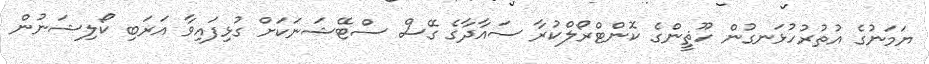
ޔަމަނުގެ އުތުރުހުޅަނގުން ހޫޘީންގެ ކޮންޓްރޯލްކުރާ ސައާދާގެ ގޭސް ސްޓޭޝަނަކަށް ގުޅިފައިވާ އަރަބި ކޯލިޝަނުން